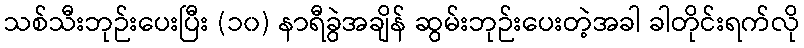
သစ်သီးဘုဉ်းပေးပြီး (၁၀) နာရီခွဲအချိန် ဆွမ်းဘုဉ်းပေးတဲ့အခါ ခါတိုင်းရက်လို